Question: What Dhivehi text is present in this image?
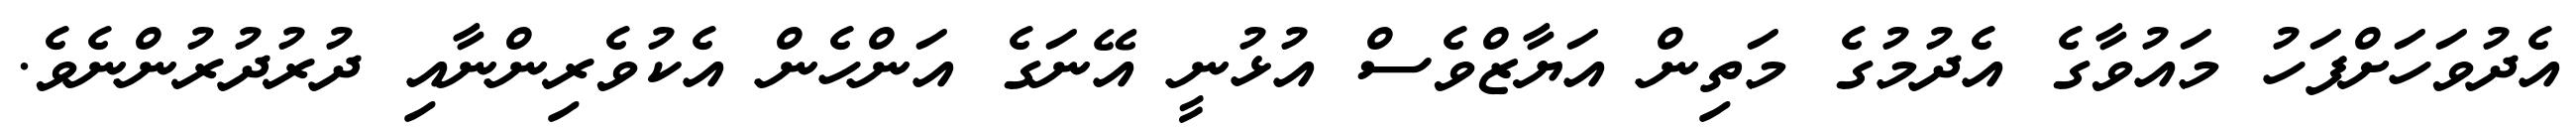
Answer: އެދުވަހަށްފަހު މައުވާގެ އެދުމުގެ މަތިން އަޔާޒްވެސް އުޅުނީ އޭނަގެ އަންހެން އެކުވެރިންނާއި ދުރުދުރުންނެވެ.